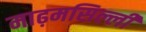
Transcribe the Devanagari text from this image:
माढ़मसिल्ली